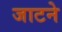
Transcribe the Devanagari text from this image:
जाटने